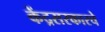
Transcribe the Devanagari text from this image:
केंद्रसरकारचे